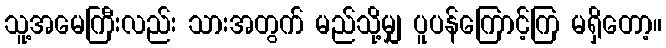
သူ့အမေကြီးလည်း သားအတွက် မည်သို့မျှ ပူပန်ကြောင့်ကြ မရှိတော့။